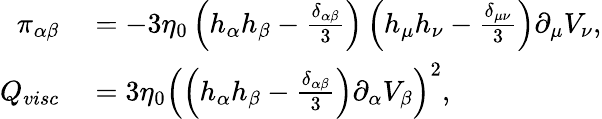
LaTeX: \begin{array}{rl}{\pi_{\alpha\beta}}&{{}=-3\eta_{0}\left(h_{\alpha}h_{\beta}-\frac{\delta_{\alpha\beta}}{3}\right)\left(h_{\mu}h_{\nu}-\frac{\delta_{\mu\nu}}{3}\right)\partial_{\mu}V_{\nu},}\\ {Q_{visc}}&{{}=3\eta_{0}\left(\left(h_{\alpha}h_{\beta}-\frac{\delta_{\alpha\beta}}{3}\right)\partial_{\alpha}V_{\beta}\right)^{2},}\end{array}